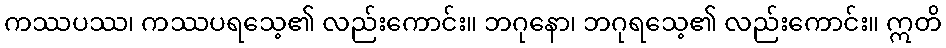
ကဿပဿ၊ ကဿပရသေ့၏ လည်းကောင်း။ ဘဂုနော၊ ဘဂုရသေ့၏ လည်းကောင်း။ ဣတိ